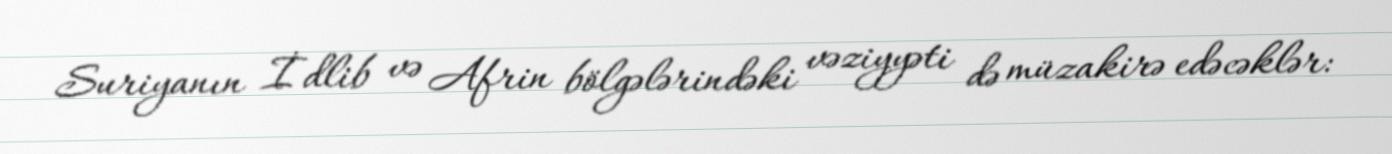
Suriyanın İdlib və Afrin bölgələrindəki vəziyyəti də müzakirə edəcəklər: